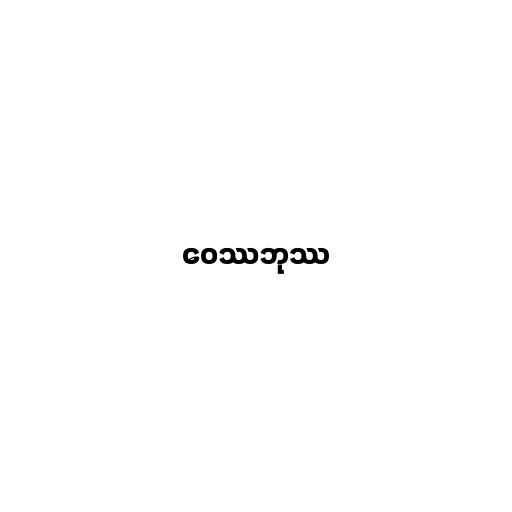
ဝေဿဘုဿ